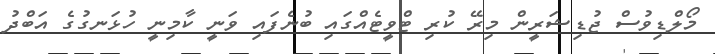
މޯލްޑިވުސް ޖުޑިޝަރީން މިރޭ ކުރި ޓްވީޓެއްގައި ބުނެފައި ވަނީ ކާމިނީ ހުޅަނގުގެ އަބްދު